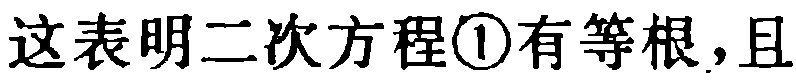
这表明二次方程\textcircled{1}有等根，且